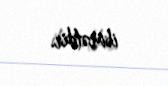
ibarətdir.